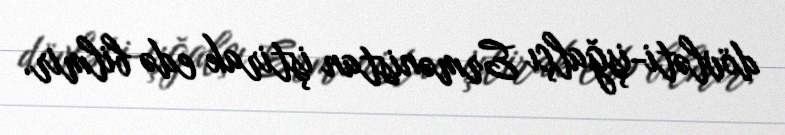
dövləti-işğalçı Ermənistan iştirak edə bilmir.